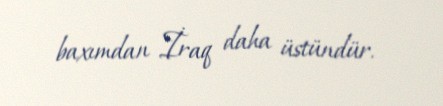
baxımdan İraq daha üstündür.